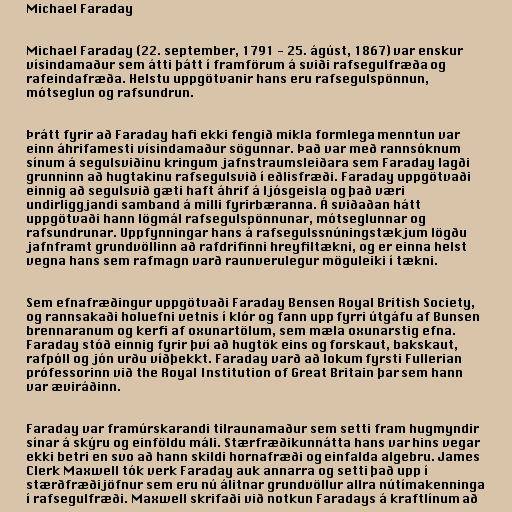
Michael Faraday

Michael Faraday (22. september, 1791 - 25. ágúst, 1867) var enskur
vísindamaður sem átti þátt í framförum á sviði rafsegulfræða og
rafeindafræða. Helstu uppgötvanir hans eru rafsegulspönnun,
mótseglun og rafsundrun.

Þrátt fyrir að Faraday hafi ekki fengið mikla formlega menntun var
einn áhrifamesti vísindamaður sögunnar. Það var með rannsóknum
sínum á segulsviðinu kringum jafnstraumsleiðara sem Faraday lagði
grunninn að hugtakinu rafsegulsvið í eðlisfræði. Faraday uppgötvaði
einnig að segulsvið gæti haft áhrif á ljósgeisla og það væri
undirliggjandi samband á milli fyrirbæranna. Á sviðaðan hátt
uppgötvaði hann lögmál rafsegulspönnunar, mótseglunnar og
rafsundrunar. Uppfynningar hans á rafsegulssnúningstækjum lögðu
jafnframt grundvöllinn að rafdrifinni hreyfiltækni, og er einna helst
vegna hans sem rafmagn varð raunverulegur möguleiki í tækni.

Sem efnafræðingur uppgötvaði Faraday Bensen Royal British Society,
og rannsakaði holuefni vetnis í klór og fann upp fyrri útgáfu af Bunsen
brennaranum og kerfi af oxunartölum, sem mæla oxunarstig efna.
Faraday stóð einnig fyrir því að hugtök eins og forskaut, bakskaut,
rafpóll og jón urðu víðþekkt. Faraday varð að lokum fyrsti Fullerian
prófessorinn við the Royal Institution of Great Britain þar sem hann
var æviráðinn.

Faraday var framúrskarandi tilraunamaður sem setti fram hugmyndir
sínar á skýru og einföldu máli. Stærfræðikunnátta hans var hins vegar
ekki betri en svo að hann skildi hornafræði og einfalda algebru. James
Clerk Maxwell tók verk Faraday auk annarra og setti það upp í
stærðfræðijöfnur sem eru nú álitnar grundvöllur allra nútímakenninga
í rafsegulfræði. Maxwell skrifaði við notkun Faradays á kraftlínum að